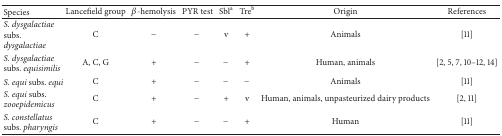
<table><thead><tr><td><b>Species</b></td><td><b>Lancefield group</b></td><td><b><i>β</i>-hemolysis</b></td><td><b>PYR test</b></td><td><b>Sbl<sup>a</sup></b></td><td><b>Tre<sup>b</sup></b></td><td><b>Origin</b></td><td><b>References</b></td></tr></thead><tbody><tr><td><i>S. dysgalactiae</i> subs. <i>dysgalactiae</i></td><td>C</td><td>−</td><td>−</td><td>v</td><td>+</td><td>Animals</td><td>[11]</td></tr><tr><td><i>S. dysgalactiae</i> subs. <i>equisimilis</i></td><td>A, C, G</td><td>+</td><td>−</td><td>−</td><td>+</td><td>Human, animals</td><td>[2, 5, 7, 10–12, 14]</td></tr><tr><td><i>S. equi</i> subs. <i>equi</i></td><td>C</td><td>+</td><td>−</td><td>−</td><td>−</td><td>Animals</td><td>[11]</td></tr><tr><td><i>S. equi</i> subs. <i>zooepidemicus</i></td><td>C</td><td>+</td><td>−</td><td>+</td><td>v</td><td>Human, animals, unpasteurized dairy products</td><td>[2, 11]</td></tr><tr><td><i>S. constellatus</i> subs. <i>pharyngis</i></td><td>C</td><td>+</td><td>−</td><td>−</td><td>+</td><td>Human</td><td>[11]</td></tr></tbody></table>